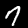
Digit: 7